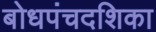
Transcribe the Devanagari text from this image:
बोधपंचदशिका